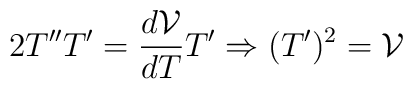
2T''T'=\frac{d\mathcal{V}}{dT}T'\Rightarrow (T')^2=\mathcal{V}